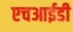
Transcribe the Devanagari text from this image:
एचआईडी